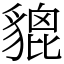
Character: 貔